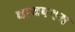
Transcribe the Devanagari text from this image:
चायपचय